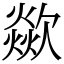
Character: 歘